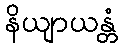
နိယျာယန္တံ